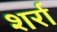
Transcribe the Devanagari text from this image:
शर्रा